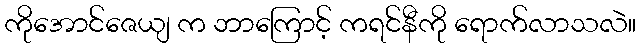
ကိုအောင်ဇေယျ က ဘာကြောင့် ကရင်နီကို ရောက်လာသလဲ။